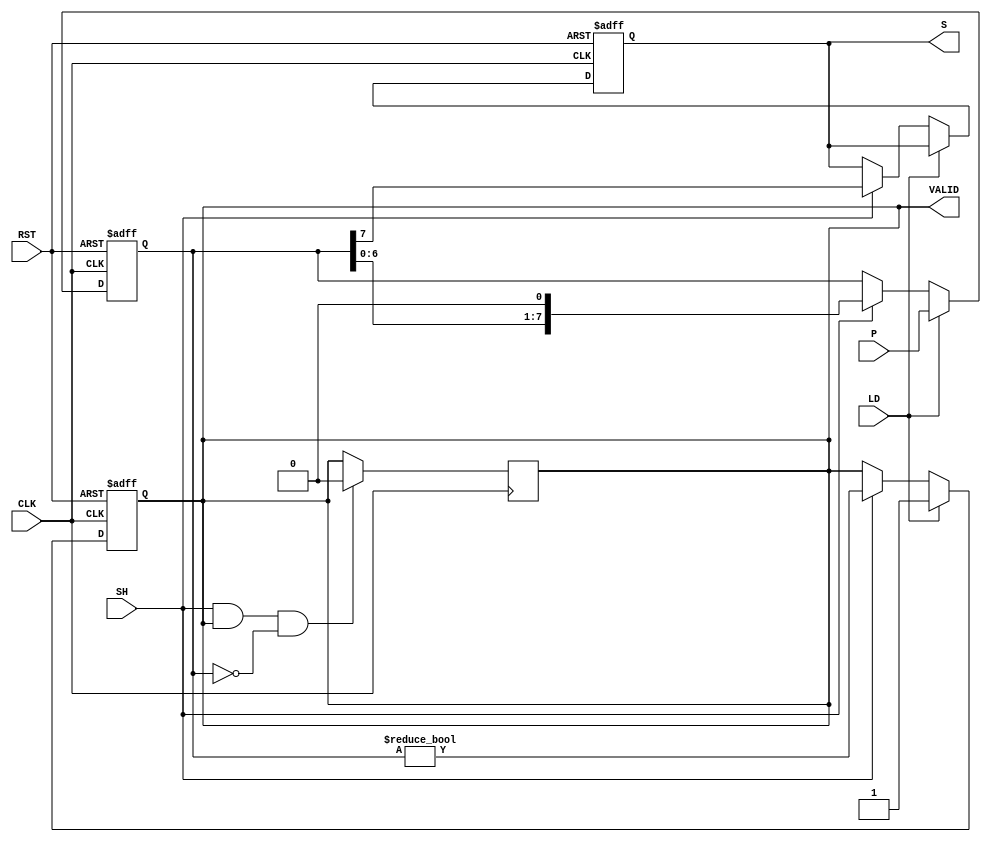
module PISO_Register #(
    parameter N = 8 // Width of the register
)(
    input wire [N-1:0] P,  // Parallel input
    input wire LD,         // Load control signal
    input wire SH,         // Shift control signal
    input wire CLK,        // Clock signal
    input wire RST,        // Asynchronous reset
    output reg S,          // Serial output
    output reg VALID       // Indicates valid data on the output
);

    reg [N-1:0] shift_reg; // Shift register to hold data

    // Asynchronous reset
    always @(posedge CLK or posedge RST) begin
        if (RST) begin
            shift_reg <= {N{1'b0}}; // Clear all bits to 0
            S <= 0;                 // Clear serial output
            VALID <= 0;             // Clear valid signal
        end else begin
            if (LD) begin
                // Load parallel input into shift register
                shift_reg <= P;
                VALID <= 1; // Indicate valid data after loading
            end
            else if (SH) begin
                // Shift data out serially
                S <= shift_reg[N-1]; // Output the MSB
                shift_reg <= {shift_reg[N-2:0], 1'b0}; // Shift right
                VALID <= (shift_reg != 0); // Set VALID if data remains
            end
        end
    end
    
    // On the last valid output, it may be useful to clear VALID
    // if you want to signify the end of transmission:
    always @(posedge CLK) begin
        if (SH && VALID && (shift_reg == 0)) begin
            VALID <= 0; // Clear VALID if no more data
        end
    end
    
endmodule